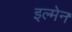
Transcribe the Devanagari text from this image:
इल्मेन